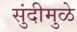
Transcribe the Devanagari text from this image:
सुंदीमुळे